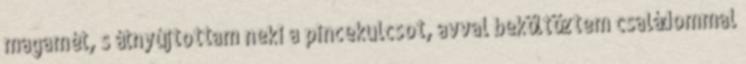
magamét, s átnyújtottam neki a pincekulcsot, avval beköltöztem családommal